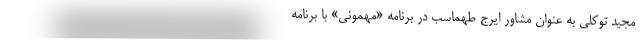
مجید توکلی به عنوان مشاور ایرج طهماسب در برنامه «مهمونی» با برنامه